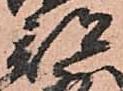
部